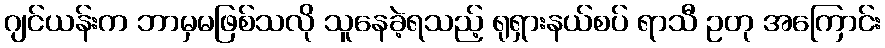
ဂျင်ယန်းက ဘာမှမဖြစ်သလို သူနေခဲ့ရသည့် ရုရှားနယ်စပ် ရာသီ ဥတု အကြောင်း